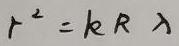
$r^{2}=kR\lambda$